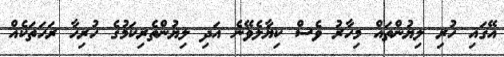
އޭގައި ހުރި ލިޔުންތައް މިހާރު ވެސް ކިޔާލެވޭނެ އަދި ލިޔުންތެރިކަމުގެ ހުރިހާ ރަހަތަކެއް